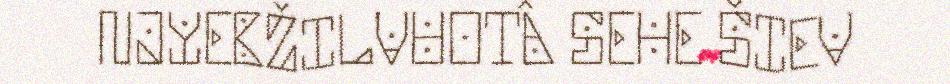
NJYEBŽILVUOTÂ SEHE ŠIEV